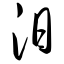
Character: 汨